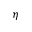
\eta